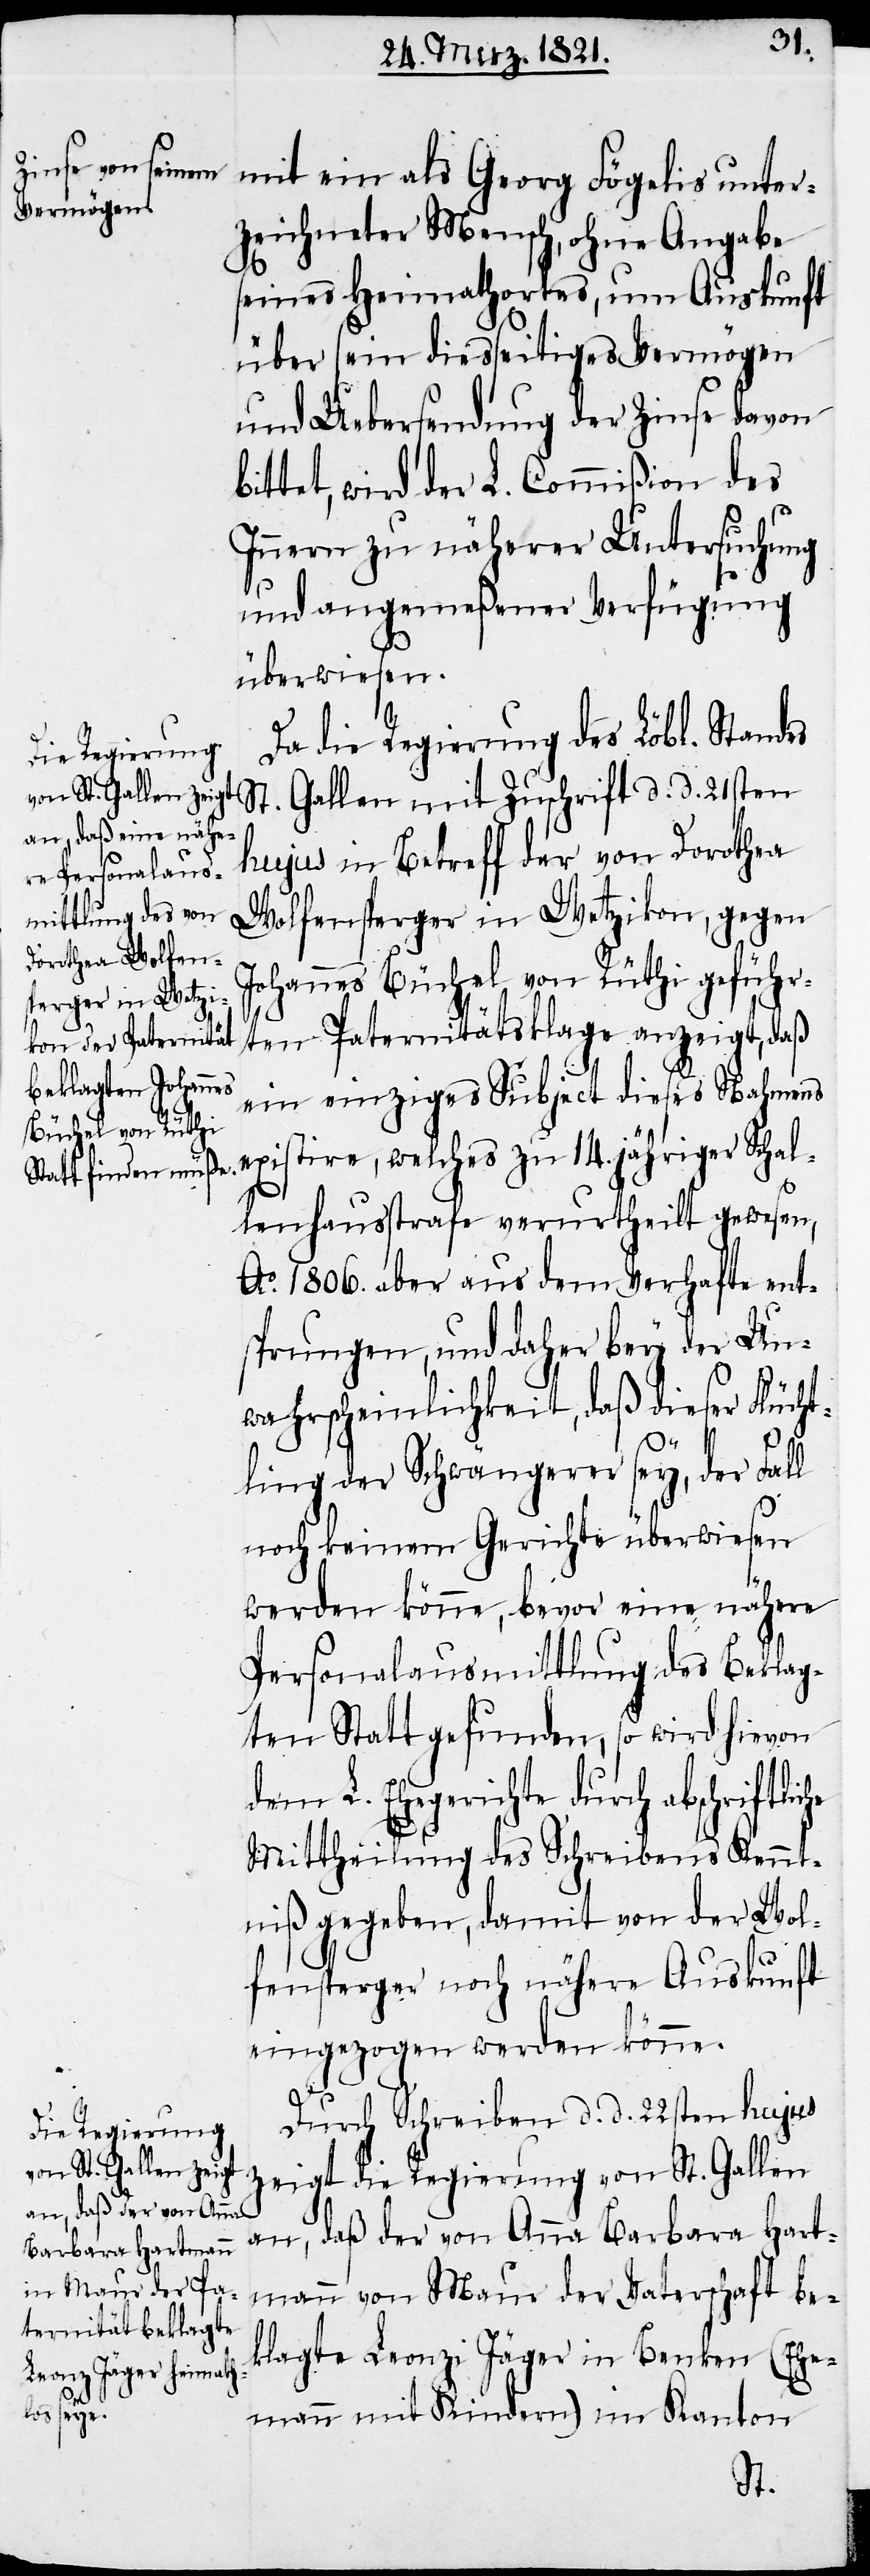
unter¬
zeichneter Mensch, ohne Angabe
he
seines Heimathortes, um Auskunft
über sein diesseitiges Vermögen
und Uebersendung der Zinse davon
bittet, wird der L. Commißion des
Innern zu näherer Untersuchung
und angemeßener Verfügung
überwiesen.
Da die Regierung des Löbl. Standes
St. Gallen mit Zuschrift d. d. 21sten
hujus in Betreff der von Dorothea
Wolfensperger in Wetzikon, gegen
Johannes Büchel von Rüthi geführ¬
ten Paternitätsklage anzeigt, daß
ein einziges Subject dieses Nahmens
existire, welches zu 14. jähriger Schal¬
lenhausstrafe verurtheilt gewesen,
Ao. 1806. aber aus dem Verhafte ent¬
sprungen, und daher bey der Un¬
wahrscheinlichkeit, daß dieser Flüch¬
tling der Schwängerer sey, der Fall
noch keinem Gerichte überwiesen
werden könne, bevor eine nähere
Personalausmittlung des Beklag¬
ten Statt gefunden, so wird hievon
dem L. Ehegerichte durch abschriftli¬
Mittheilung des Schreibens Kennt¬
niß gegeben, damit von der Wol¬
fensperger noch nähere Auskunft
eingezogen werden könne.
Durch Schreiben d. d. 22sten hujus
zeigt die Regierung von St. Gallen
an, daß der von Anna Barbara Hart¬
mann von Maur der Vaterschaft be¬
klagte Leonzi Jäger in Benken (Ehe¬
mann mit Kindern) im Kanton